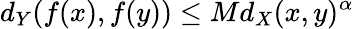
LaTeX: d_{Y}(f(x),f(y))\leq Md_{X}(x,y)^{\alpha}